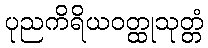
ပုညကိရိယဝတ္ထုသုတ္တံ